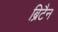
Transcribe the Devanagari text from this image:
ब्रिटैन